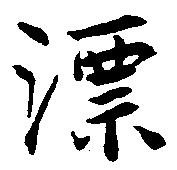
漂